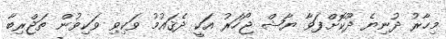
މިހާރު ދުނިޔެ ދޫކޮށްފަވާ ޔާޝް ޖޯހަރު އަކީ ދެޤައުމު ވަކިވި ވަކިވުން ތަޖްރިބާ